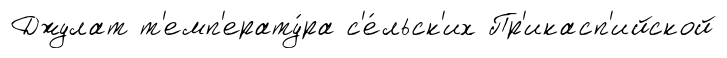
Джулат т'емп'ерату́ра с'е́льск'их Пр'икасп'ийской